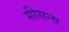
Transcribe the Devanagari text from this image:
सीसन्स